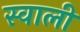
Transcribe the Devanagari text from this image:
स्वाली